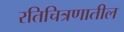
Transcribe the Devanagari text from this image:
रतिचित्रणातील